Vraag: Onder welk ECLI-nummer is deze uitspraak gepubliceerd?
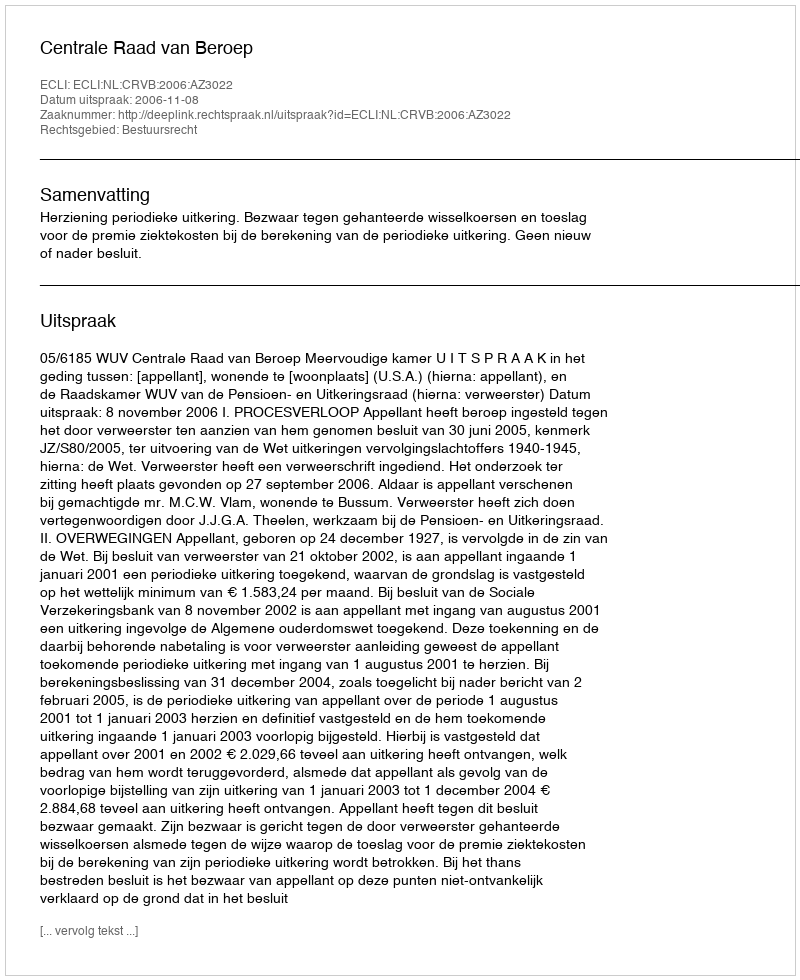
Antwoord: ECLI:NL:CRVB:2006:AZ3022